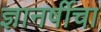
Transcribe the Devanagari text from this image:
ज्ञानर्षीचा